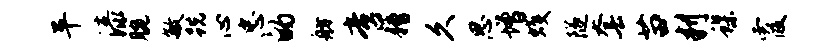
平漆腕敏跣心忠的舫啻糟久思增蠖隧套苗判蝶霞